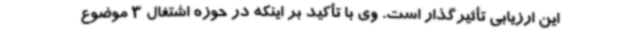
این ارزیابی تأثیرگذار است. وی با تأکید بر اینکه در حوزه اشتغال 3 موضوع